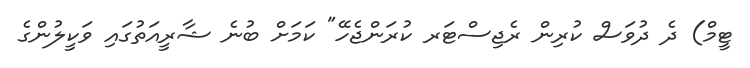
ޓީމް) ދެ ދުވަސް ކުރިން ރެޖިސްޓަރ ކުރަންޖެހޭ" ކަމަށް ބުނެ ޝާރީއަތުގައި ވަކީލުންގެ